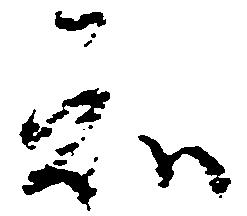
知